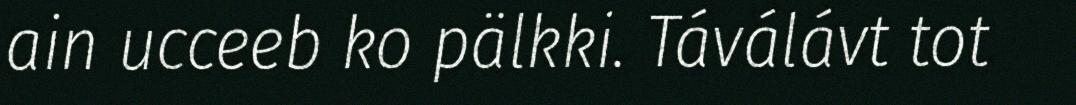
ain ucceeb ko pälkki. Táválávt tot